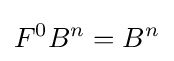
F^{0}B^{n}=B^{n}